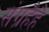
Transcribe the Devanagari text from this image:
संग्रहैहै